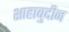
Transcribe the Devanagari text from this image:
शाहाबुद्दीन